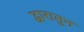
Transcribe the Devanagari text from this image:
द्वारातुन